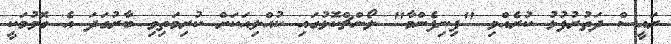
ރައީސް ދަތުރުފުޅު ކުރެއްވި "ފިނިފެންމާ" ލޯންޗްކޮޅުގައި ކުއްލިއަކަށް ކުރިމަތިވި ބާރުގަދަ އެ ގޮވުމަކީ